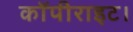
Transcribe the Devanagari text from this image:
कॉपीराइट।